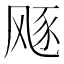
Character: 𱃛